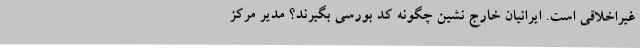
غیراخلاقی است. ایرانیان خارج نشین چگونه کد بورسی بگیرند؟ مدیر مرکز